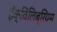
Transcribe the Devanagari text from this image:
ईक्विलिब्रियम